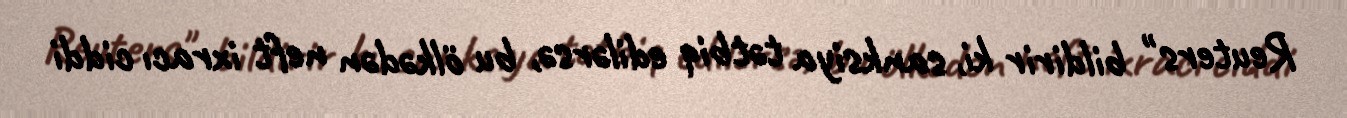
Reuters" bildirir ki, sanksiya tətbiq edilərsə, bu ölkədən neft ixracı ciddi